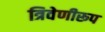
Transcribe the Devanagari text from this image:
त्रिवेणीरूप